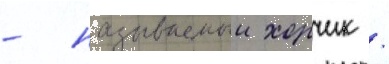
- называемыи хорчик /